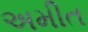
અમીત